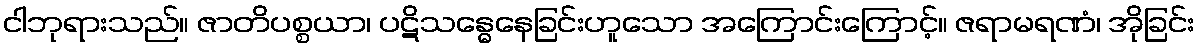
ငါဘုရားသည်။ ဇာတိပစ္စယာ၊ ပဋိသန္ဓေနေခြင်းဟူသော အကြောင်းကြောင့်။ ဇရာမရဏံ၊ အိုခြင်း